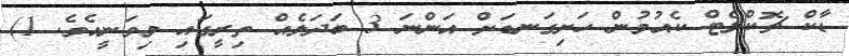
ޑާކް ޗޮކްލެޓް ކެއުމުން ހަށިގަނޑަށް އަންނަ 3 ބަދަލެއް ތިރީގައި މިވަނީއެވެ. 1)